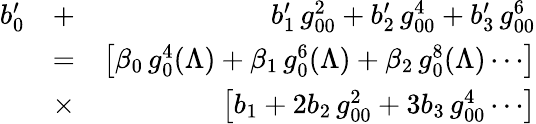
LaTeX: \begin{array}{rlr}{b_{0}^{\prime}}&{+}&{b_{1}^{\prime}\, g_{00}^{2}+b_{2}^{\prime}\, g_{00}^{4}+b_{3}^{\prime}\, g_{00}^{6}}\\ &{=}&{\left[\beta_{0}\, g_{0}^{4}(\Lambda)+\beta_{1}\, g_{0}^{6}(\Lambda)+\beta_{2}\, g_{0}^{8}(\Lambda)\cdots\right]}\\ &{\times}&{\left[b_{1}+2b_{2}\, g_{00}^{2}+3b_{3}\, g_{00}^{4}\cdots\right]}\end{array}